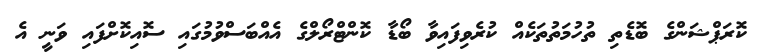
ކޮރަޕްޝަންގެ ބޮޑެތި ތުހުމަތުތަކެއް ކުރެވިފައިވާ ބޯޑާ ކޮންޓްރޯލްގެ އެއްބަސްވުމުގައި ސޮއިކޮށްފައި ވަނީ އެ